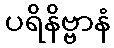
ပရိနိဗ္ဗာနံ